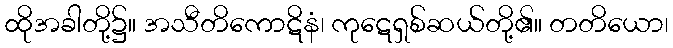
ထိုအခါတို့၌။ အသီတိကောဋိနံ၊ ကုဋေရှစ်ဆယ်တို့၏။ တတိယော၊